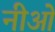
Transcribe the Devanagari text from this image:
नीओ